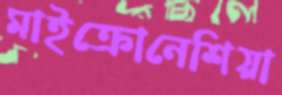
মাইক্রোনেশিয়া